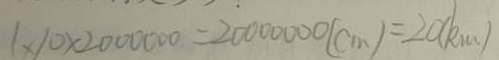
1 \times 1 0 \times 2 0 0 0 0 0 0 = 2 0 0 0 0 0 0 ( c m ) = 2 0 ( k m )